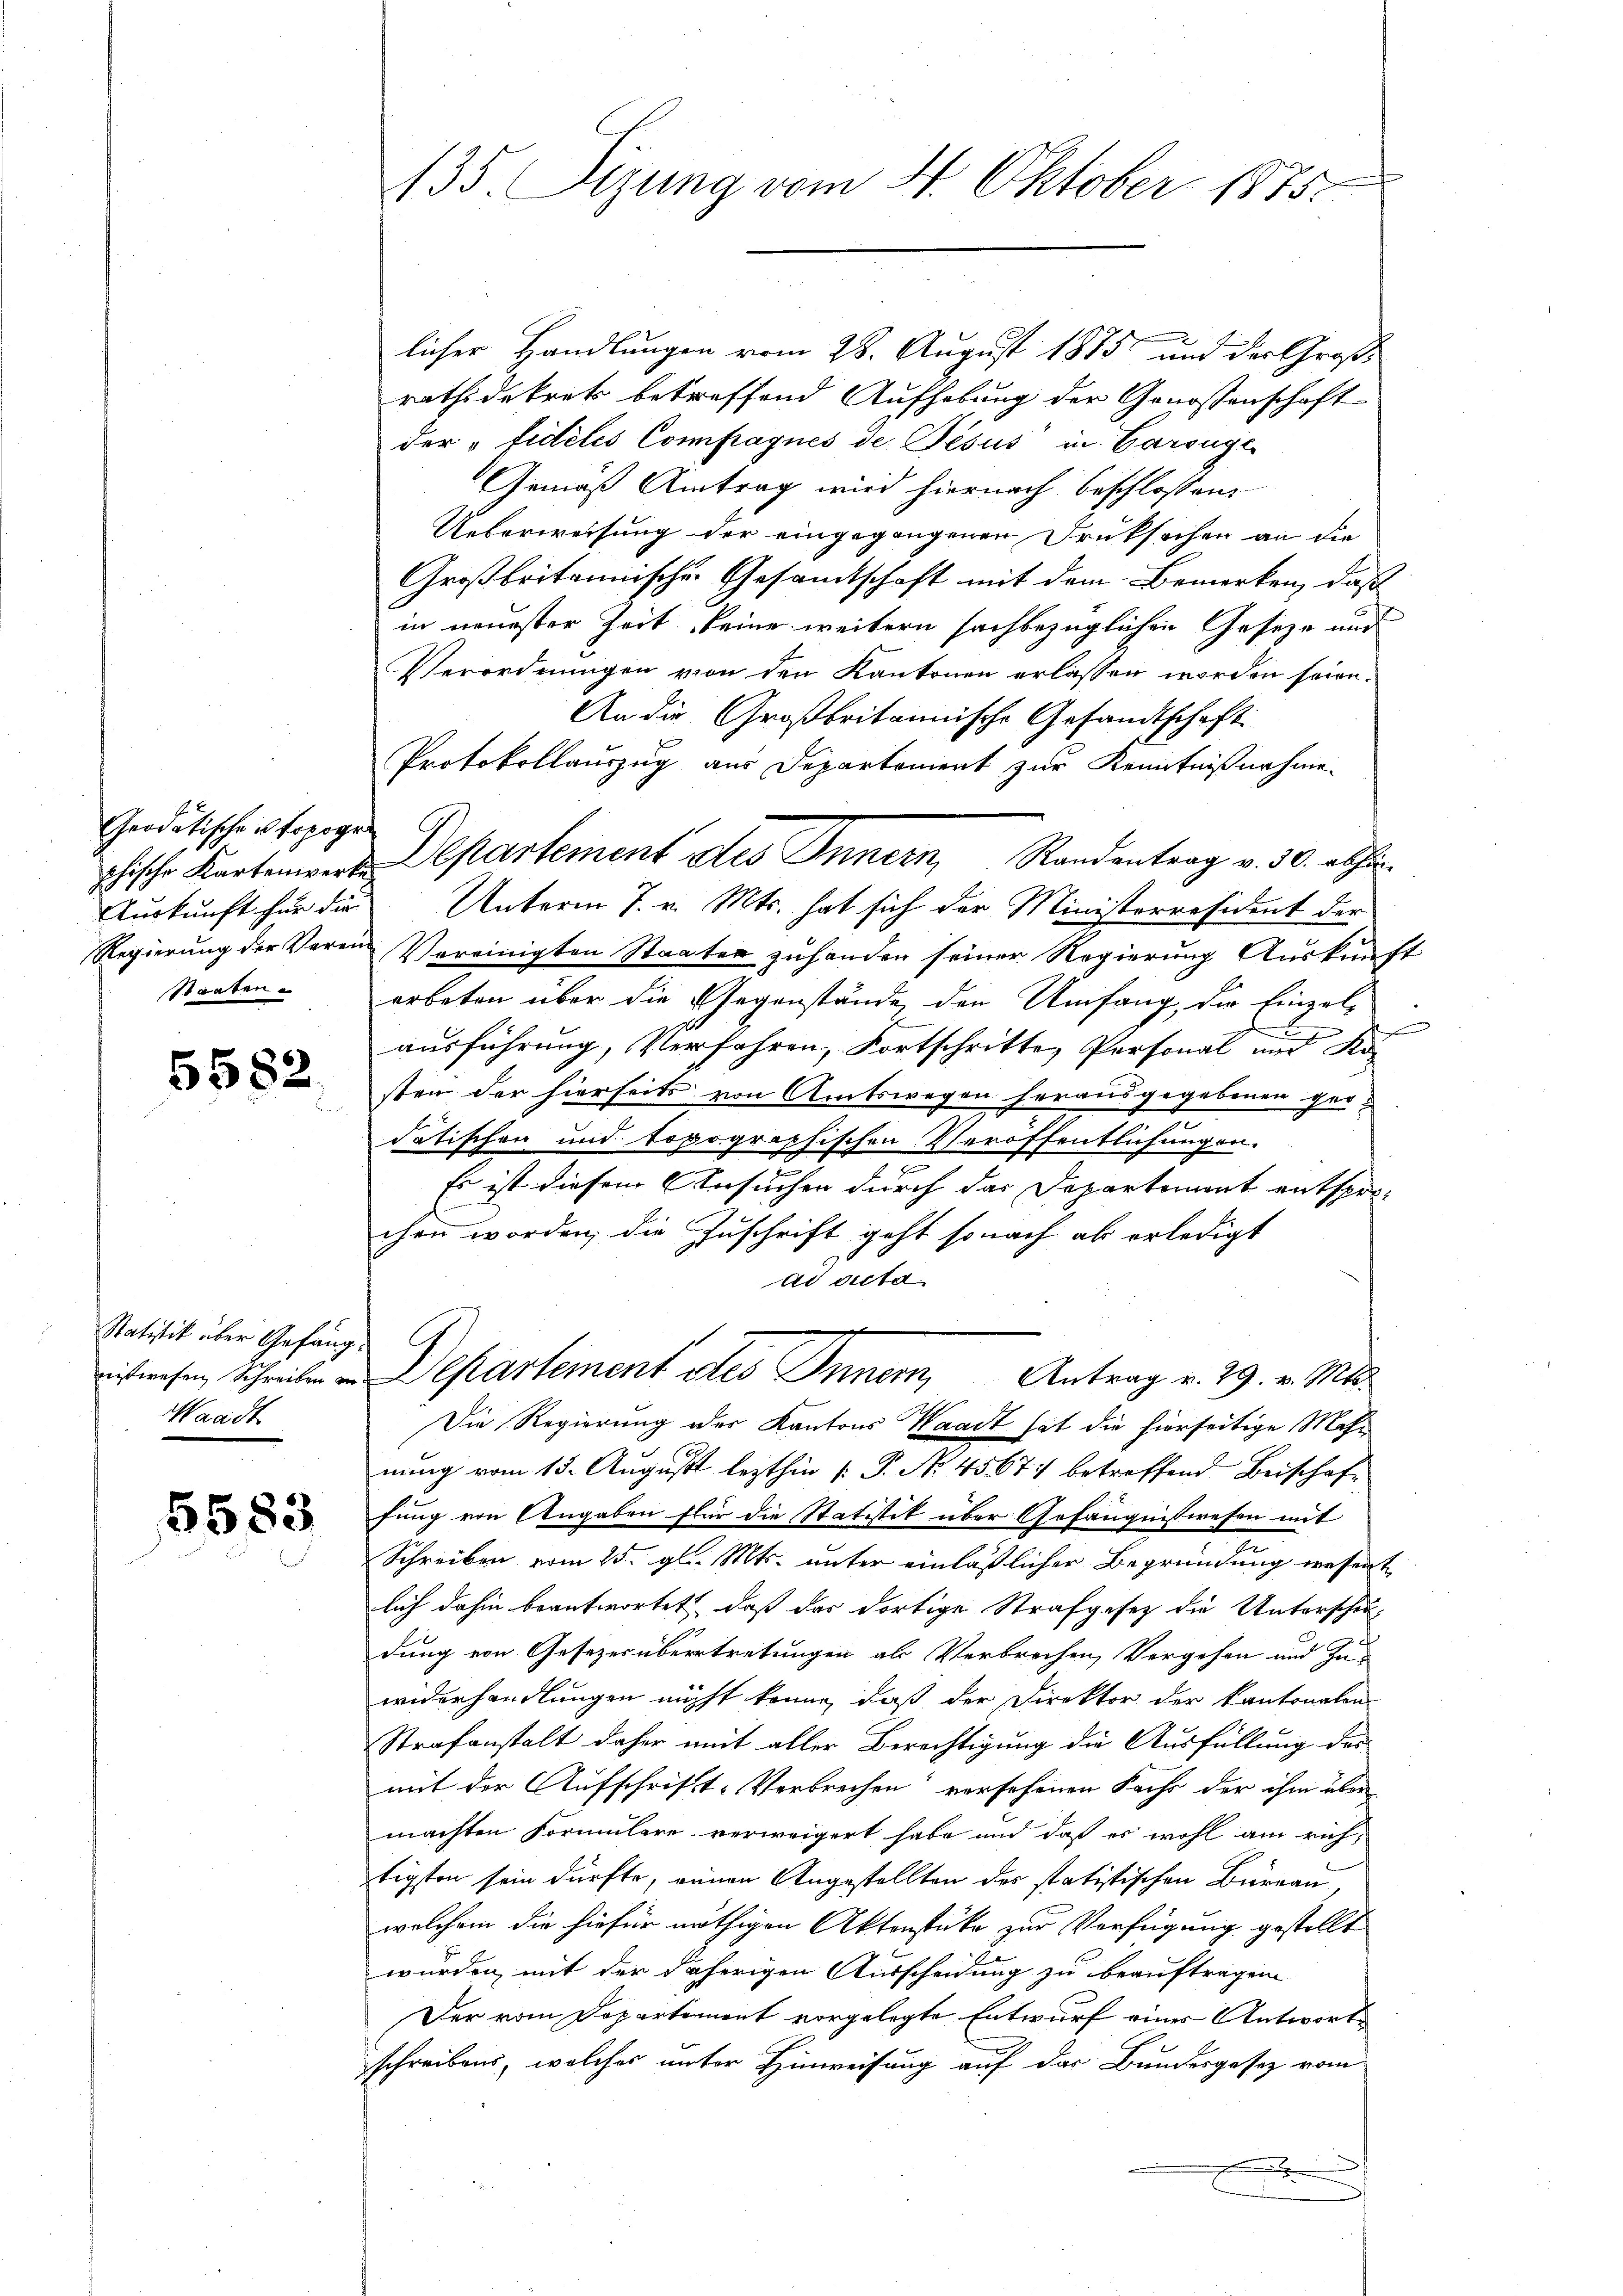
Geodatische topogra
A.
Auskunft für die
Staaten.

5582

Statitik über Anfang
Waadt

5583

135. Sizung vom 4. Oktober 1875.

licher Handlungen vom 28. August 1875 und der Große
rathidekrets betreffend Aufhebung der Genossenschaft
der „Fidelis Compagnes de Jesus in Garange
Gemäß Antrag wird hiernach beschlossen:
Ueberweisung der eingegangenen Druksachen an die
Großbritannische Gesamtschaft mit dem Bemerken, daß
in neuester Zeit keine weitern sachbezüglichen Gesetze nur
Verordnungen von den Kantonen erlassen worden seien.
An die Großbritannische Gesandtschaft
Protokollauszug aus Departement zur Kenntnißnahme.
Unterm 7. v. Mts. hat sich der Ministerresident der
Regierung der Veren Vereinigten Staaten zuhanden seiner Regierung Auskunft
erbeten über die Gegenstände, den Umfang, die Einzel¬
.
ausführung, Verfahren, Fortschritte Personal und Kosten der hierseits von Amtswegen herausgegebenen geo-
datischen und topographischen Veröffentlichungen.
Es ist diesem Ansuchen durch das Departement entsprechen worden, die Zuschrift geht so nach als erledigt
ad dicta
riswesen Schreiben in Departement des Innern, Antrag v. 29. v. Mts.
Die Regierung der Kantons Waadt hat die hierseitige Mahn
nung vom 13. August lezthin  P. No. 45671 betreffend Beischaffung von Angaben für die Statistik über Gefängnisswesen mit
Schreiben vom 25. gl. Mts. unter einläßlicher Begründung wesent
lich dahin beantwortet, daß das dortige Strafgesetz die Unterscheudung von Gesezes übertretungen als Verbrechen Vergehen und Zu-
widerhandlungen nicht könne, daß der Direktor der kantonalen
Strafanstalt daher mit aller Berechtigung die Ausfüllung des
mit der Aufschrift-Verbrechen versehenen Sachs der ihm über
machten Formulare verweigert habe und daß es wohl am rich
tigsten sein dürfte, einen Angestellten des statistischen Bureau
welchem die hiefür nöthigen Aktenstüke zur Verfügung gestellt
wurden, mit der daherigen Ausscheidung zu beauftragen
Der vom Departement vorgelegte Entwurf eines Antworts
schreibens, welches unter Hinweisung auf das Bundesgesetz vom

chische Kartement Departement des Innern, Randentrag v. 30. abhin